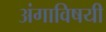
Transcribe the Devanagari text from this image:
अंगाविषयी